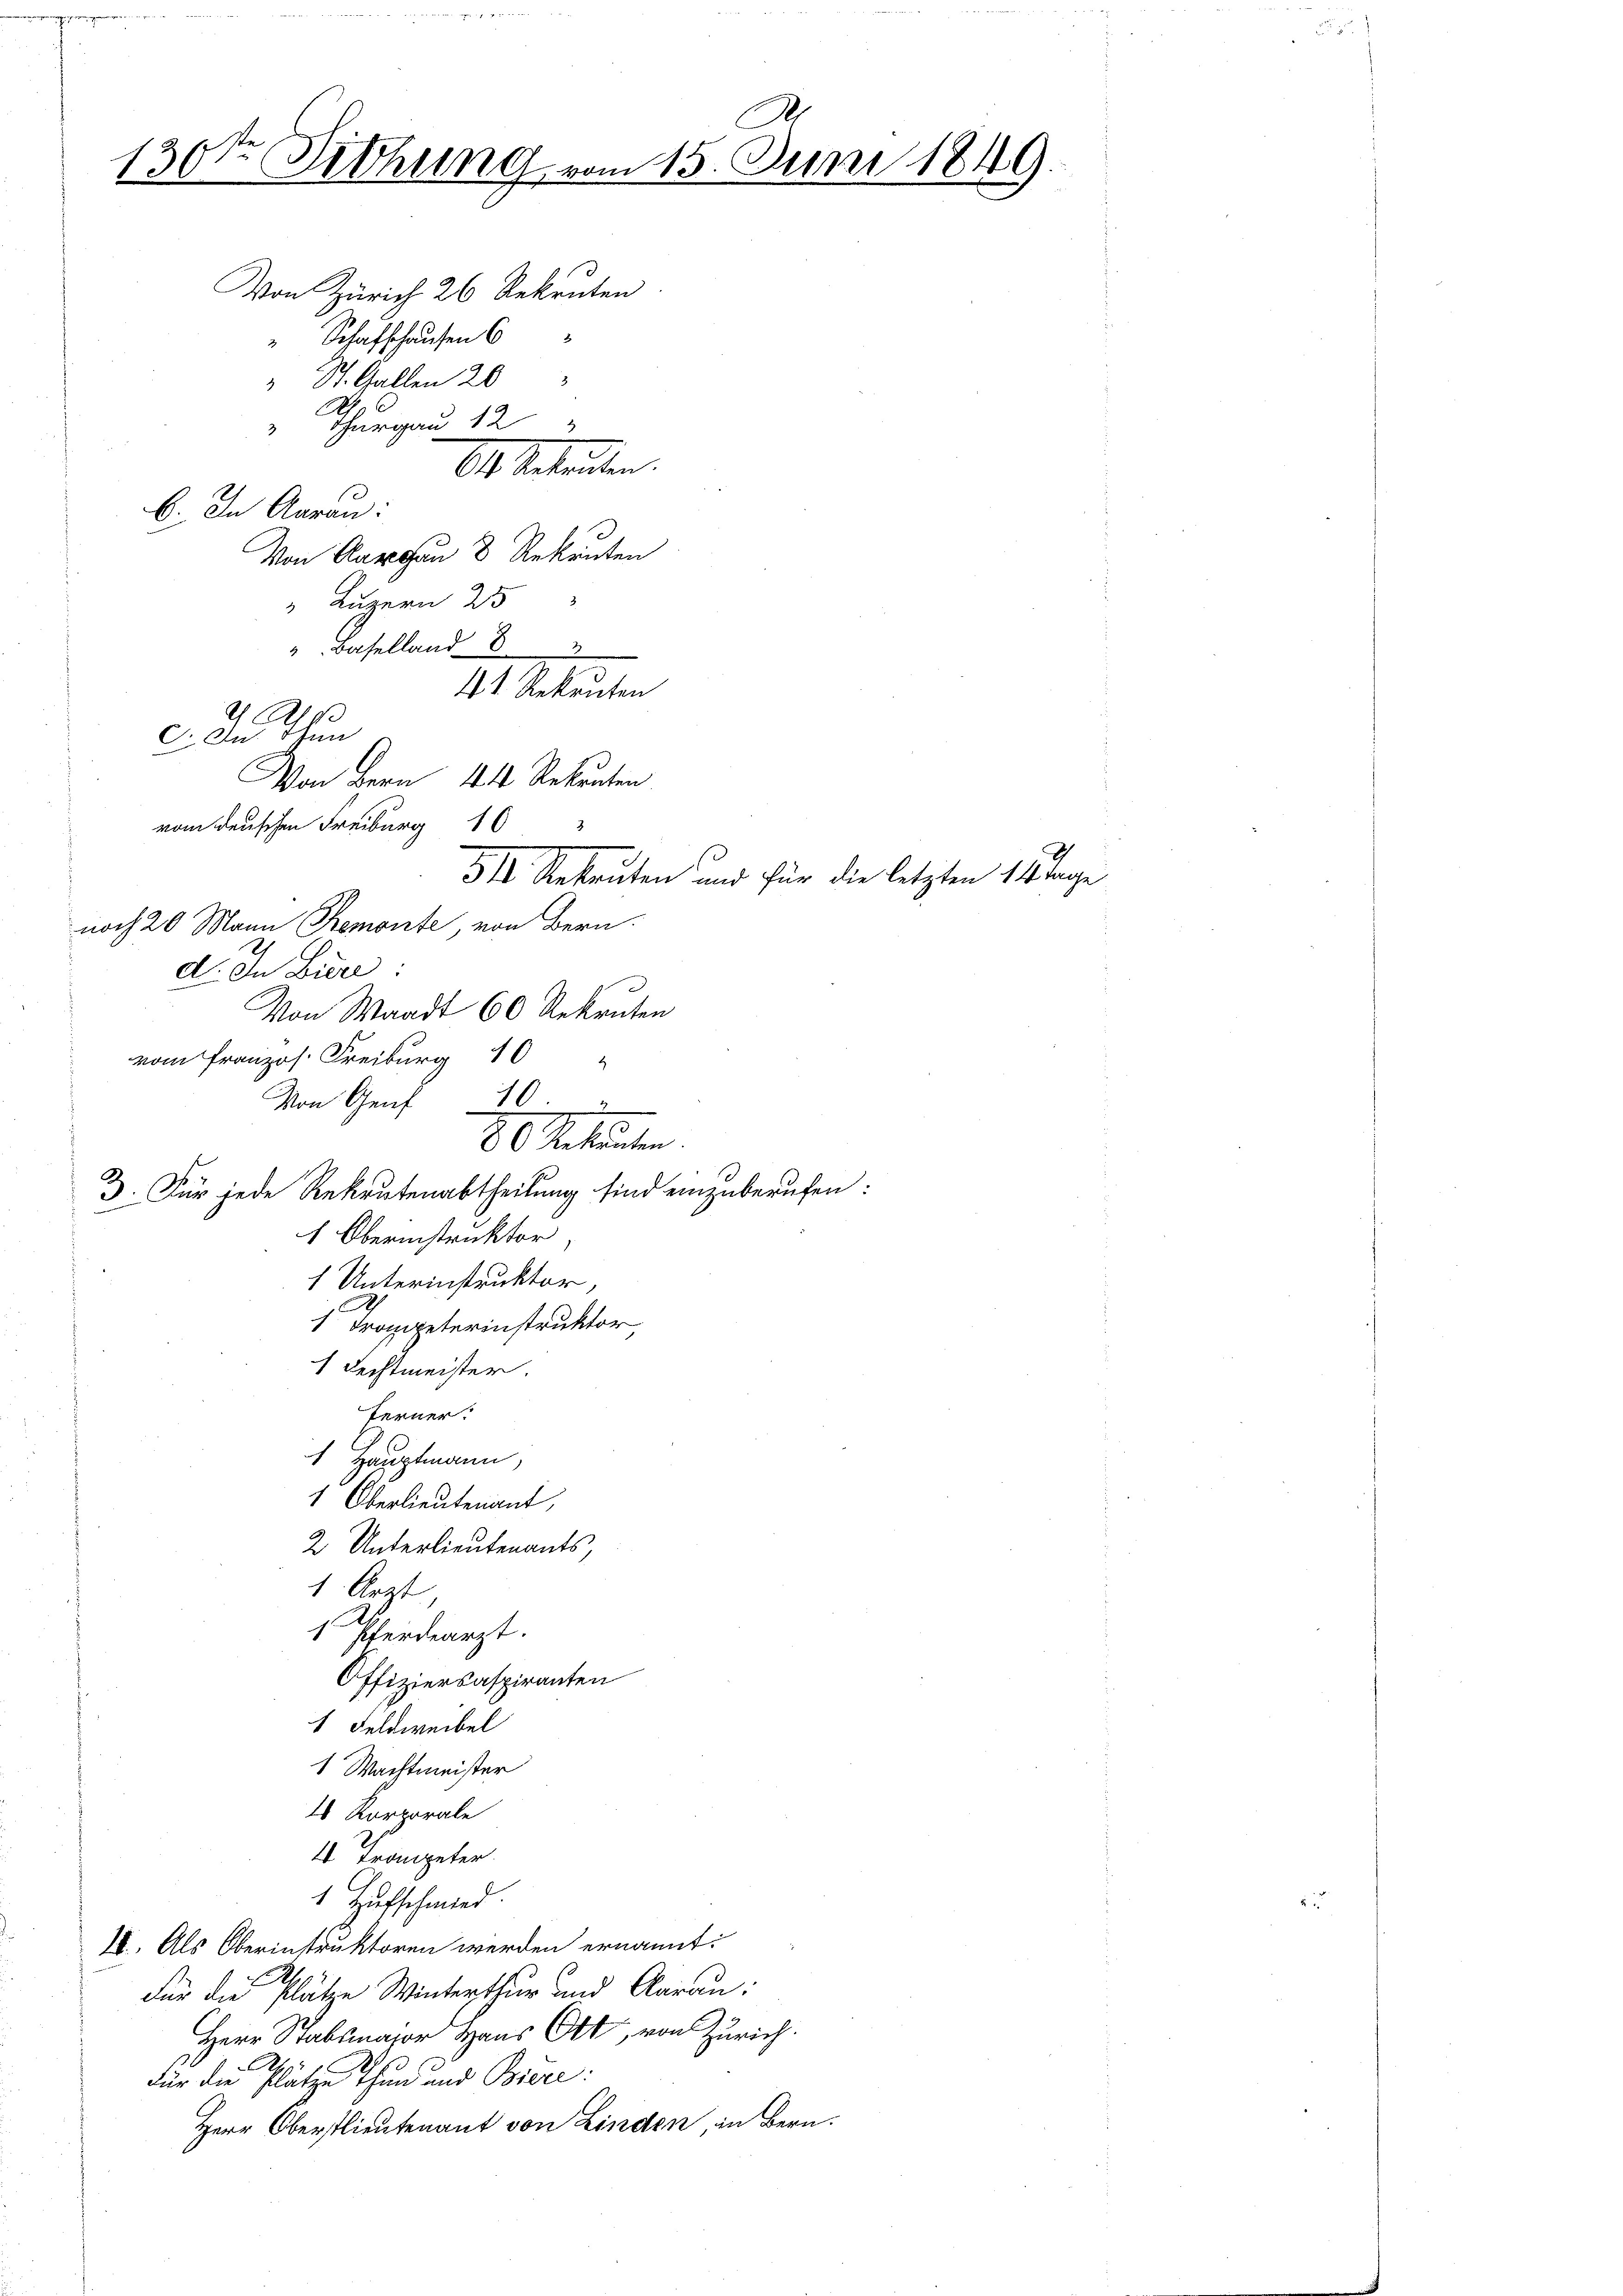
2
130ten Dichung vom 15. Juni 1846
 St. Gallen 20
 Thurgau 12 "
7
11. Rechanten
b. In Aaran:

5II. Rekruten und für die letzten 14 Tage
Von Waadt 60 Rekruten
Von Genf 10
80 Sekunten.
3. Für jede Rekrutenabtheilung sind einzuberufen:
1 Oberinstruktor,
1 Unterinstruktor,
1 Trompeterinstruktor,
1 Rechtmeister.
Ferner.
1 Hauptmann,
1 Oberlieutenant,
2 Unterlieutenants,
1 Ärzt
1 Pferdearzt.
Offiziersaspiranten

noch 20 Mann Bremonte, von Bern.
d. In Biere:

Von Zürich 26 Rekruten
" Schaffhausen 6

vom französ. Freiburg 10

Von Aargau & Rekruten
" Luzern 25
 Baselland 8 "
4t. Rekruten
d Ro
C. In Ihn
Von Bern 44 Rekruten
vom denschen Freiburg 16

1 Feldweibel
1 Wachtmeister
16 Korporale
4 Trompeter.
1 Hufschmied
II. Als Oberinstruktoren werden ernannt:
Für die Plätze Winterthur und Aarau:
Herr Stabsmajor Haus Ott, von Zürich.
Für die Plätze Thun und Biere:
Herr Oberstlieutenant von Linden, in Bern.